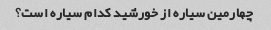
چهارمین سیاره از خورشید کدام سیاره است؟